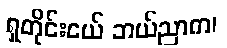
ရှတိုင်းငယ် ဘယ်ညာက၊